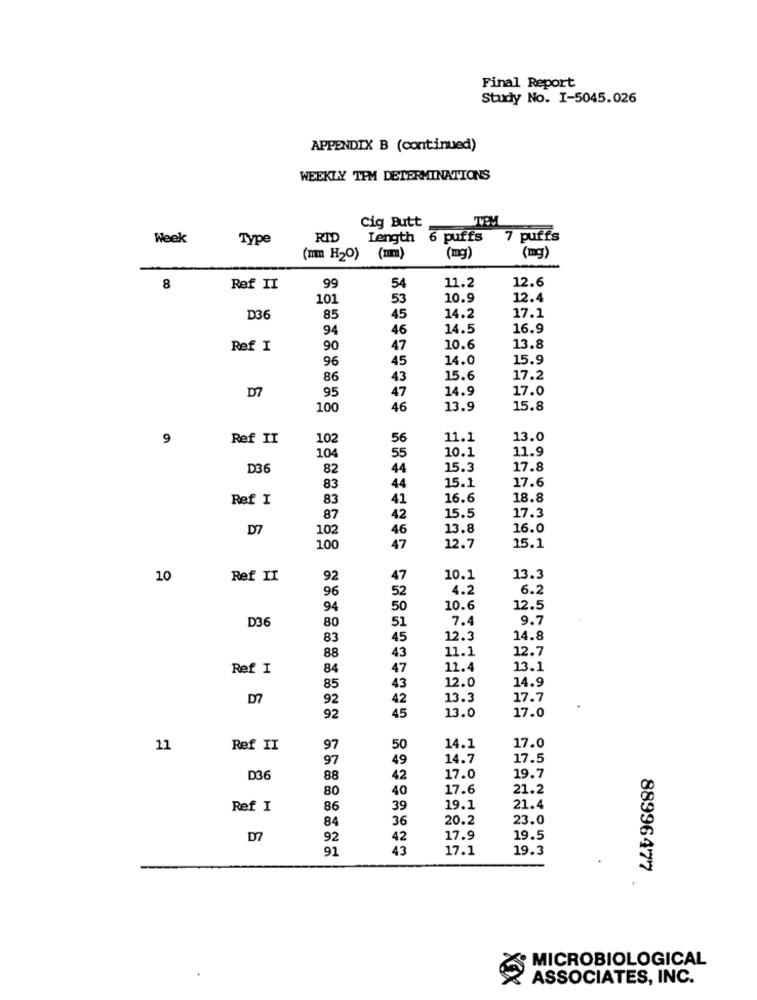
Final Report
Study No. I-5045.026
APPENDIX B (continued)
WEEKLY TEM DETERMINATIONS
cig Butt
Week
Type
RID
Length 6 puffs
7 puffs
(mm H2O) (mm)
(mg)
(mg)
12.6
8
Ref II
99
54
11.2
101
53
10.9
12.4
D36
85
45
14.2
17.1
94
46
14.5
16.9
Ref I
90
47
10.6
13.8
96
45
14.0
15.9
86
43
15.6
17.2
D7
95
47
14.9
17.0
100
46
13.9
15.8
9
Ref II
102
56
11.1
13.0
55
10.1
11.9
104
D36
82
44
15.3
17.8
44
15.1
17.6
83
Ref I
83
41
16.6
18.8
15.5
17.3
87
42
D7
102
46
13.8
16.0
100
47
12.7
15.1
10
Ref II
92
47
10.1
13.3
52
4.2
6.2
96
94
50
10.6
12.5
D36
51
7.4
9.7
80
83
45
12.3
14.8
12.7
88
43
11.1
Ref I
84
47
11.4
13.1
14.9
85
43
12.0
D7
92
42
13.3
17.7
45
13.0
17.0
92
11
Ref II
97
50
14.1
17.0
97
49
14.7
17.5
D36
88
42
17.0
19.7
80
40
17.6
21.2
Ref I
86
39
19.1
21.4
36
20.2
23.0
84
D7
92
42
17.9
19.5
91
43
17.1
19.3
88996477
MICROBIOLOGICAL
Xxx
ASSOCIATES, INC.